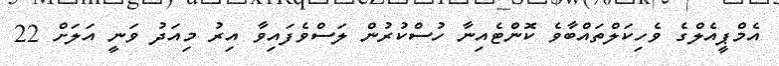
އެމްޕީއެލްގެ ވެހިކަލްތައްބާވެ ކޮންޓެއިނާ ހުސްކުރުން ލަސްވެފައިވާ އިރު މިއަދު ވަނީ އަލަށް 22